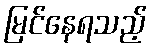
မြင်နေရသည့်